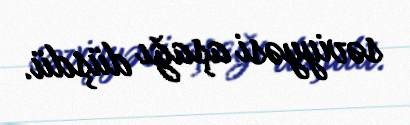
səviyyəsi aşağı düşdü.